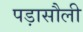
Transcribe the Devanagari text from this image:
पड़ासौली